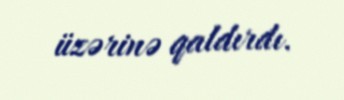
üzərinə qaldırdı.